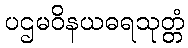
ပဌမဝိနယဓရသုတ္တံ